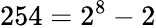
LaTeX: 254=2^{8}-2